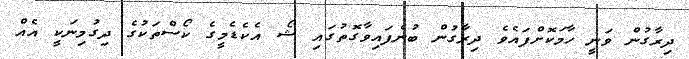
ދިރާގުން ވަނީ ހާމަކޮށްފައެވެ ދިރާގުން ބުނެފައިވާގޮތުގައި ޝޯ އެކެޑެމީގެ ކޯސްތަކުގެ ދިގުމިނަކީ އެއް